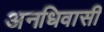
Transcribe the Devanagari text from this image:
अनधिवासी